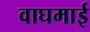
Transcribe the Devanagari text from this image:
वाघमाई